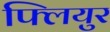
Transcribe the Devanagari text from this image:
फ्लियुर